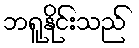
ဘရူနိုင်းသည်